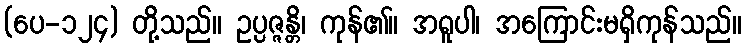
(ပေ-၁၂၄) တို့သည်။ ဥပ္ပဇ္ဇန္တိ၊ ကုန်၏။ အရူပါ၊ အကြောင်းမရှိကုန်သည်။